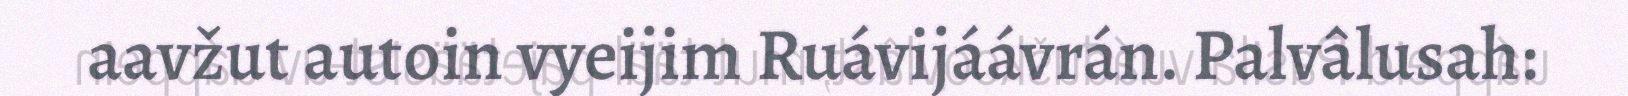
aavžut autoin vyeijim Ruávijáávrán. Palvâlusah: